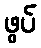
ဖွပ်